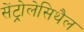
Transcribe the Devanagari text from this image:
सेंट्रोलेसिथैल